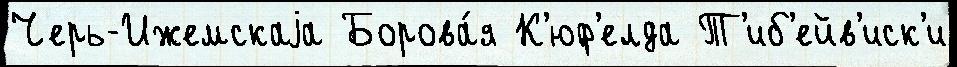
Черь-Ижемскаjа Борова́я К'юф'елда Т'иб'ейв'иск'и